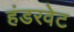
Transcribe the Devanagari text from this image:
हंडरवेट